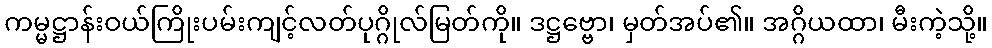
ကမ္မဋ္ဌာန်းဝယ်ကြိုးပမ်းကျင့်လတ်ပုဂ္ဂိုလ်မြတ်ကို။ ဒဋ္ဌဗ္ဗော၊ မှတ်အပ်၏။ အဂ္ဂိယထာ၊ မီးကဲ့သို့။